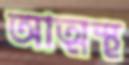
আত্মস্থ